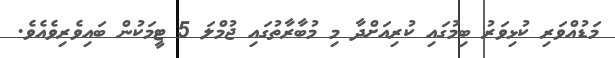
މަޑުއްވަރި ކުޅިވަރު ބިމުގައި ކުރިއަށްދާ މި މުބާރާތުގައި ޖުމްލަ 5 ޓީމަކުން ބައިވެރިވެއެވެ.